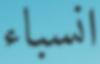
انسباء